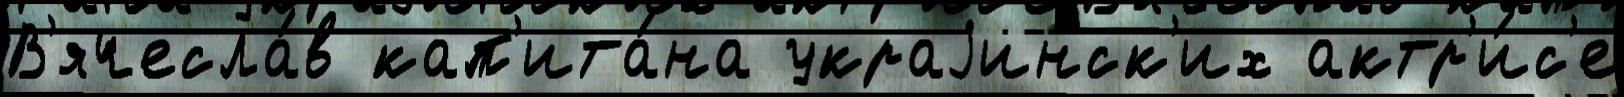
В'ячесла́в кап'ита́на украjинск'их актр'и́с'е